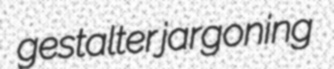
gestalter jargoning